Annual report on the Civil Veterinary Department, Burma (including the Insein Veterinary School) - 1910-1922
Year: 1910
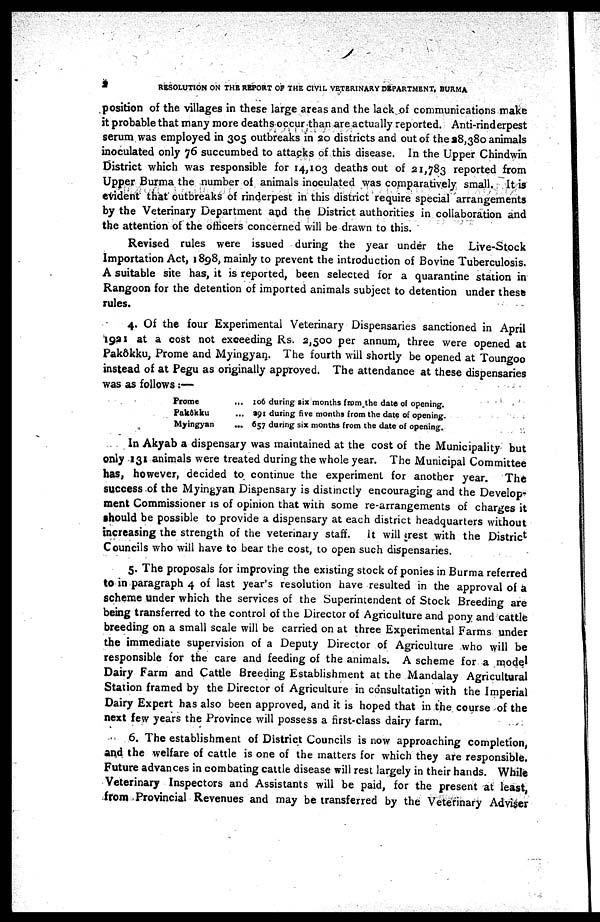
2
RESOLUTION ON THE REPORT OF THE CIVIL VETERINARY DEPARTMENT, BURMA
position of the villages in these large areas and the lack of communications make
it probable that many more deaths occur than are actually reported. Anti-rinderpest
serum was employed in 305 outbreaks in 20 districts and out of the 28,380 animals
inoculated only 76 succumbed to attacks of this disease. In the Upper Chindwin
District which was responsible for 14,103 deaths out of 21,783 reported from
Upper Burma the number of animals inoculated was comparatively small. It is
evident that outbreaks of rinderpest in this district require special arrangements
by the Veterinary Department and the District authorities in collaboration and
the attention of the officers concerned will be drawn to this.
Revised rules were issued during the year under the Live-Stock
Importation Act, 1898, mainly to prevent the introduction of Bovine Tuberculosis.
A suitable site has, it is reported, been selected for a quarantine station in
Rangoon for the detention of imported animals subject to detention under these
rules.
4. Of the four Experimental Veterinary Dispensaries sanctioned in April
1921 at a cost not exceeding Rs. 2,500 per annum, three were opened at
Pakôkku, Prome and Myingyan. The fourth will shortly be opened at Toungoo
instead of at Pegu as originally approved. The attendance at these dispensaries
was as follows:—
Prome
...
Pakôkku ...
Myingyan
...
106 during six months from the date of opening.
291 during five months from the date of opening.
657 during six months from the date of opening.
In Akyab a dispensary was maintained at the cost of the Municipality but
only 131 animals were treated during the whole year. The Municipal Committee
has, however, decided to continue the experiment for another year.
The
success of the Myingyan Dispensary is distinctly encouraging and the Develop-
ment Commissioner is of opinion that with some re-arrangements of charges it
should be possible to provide a dispensary at each district headquarters without
increasing the strength of the veterinary staff. it will grest with the District
Councils who will have to bear the cost, to open such dispensaries.
5. The proposals for improving the existing stock of ponies in Burma referred
to in paragraph 4 of last year's resolution have resulted in the approval of a
scheme under which the services of the Superintendent of Stock Breeding are
being transferred to the control of the Director of Agriculture and pony and cattle
breeding on a small scale will be carried on at three Experimental Farms under
the immediate supervision of a Deputy Director of Agriculture who will be
responsible for the care and feeding of the animals. A scheme for a model
Dairy Farm and Cattle Breeding Establishment at the Mandalay Agricultural
Station framed by the Director of Agriculture in consultation with the Imperial
Dairy Expert has also been approved, and it is hoped that in the course of the
next few years the Province will possess a first-class dairy farm.
6. The establishment of District Councils is now approaching completion,
and the welfare of cattle is one of the matters for which they are responsible.
Future advances in combating cattle disease will rest largely in their hands. While
Veterinary Inspectors and Assistants will be paid, for the present at least,
from Provincial Revenues and may be transferred by the Veterinary Adviser